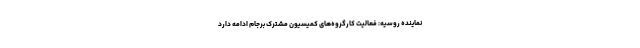
نماینده روسیه: فعالیت کارگروه‌های کمیسیون مشترک برجام ادامه دارد